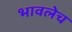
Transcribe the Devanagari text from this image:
भावलेच